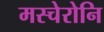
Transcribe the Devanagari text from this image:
मस्चेरोनि